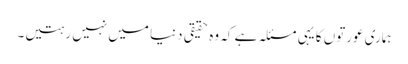
ہماری عورتوں کا یہی مسئلہ ہے کہ وہ حقیقی دنیا میں نہیں رہتیں۔